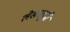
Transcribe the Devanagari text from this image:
लेखनशुद्धी